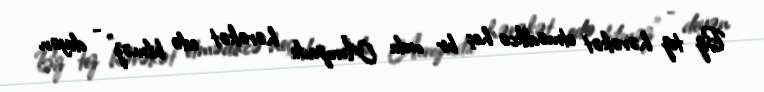
Biz tez hərəkət etmədikcə heç bir ordu Avropada hərəkət edə bilməz" - deyən